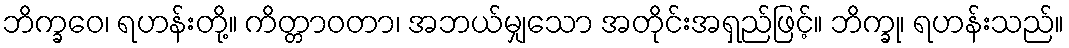
ဘိက္ခဝေ၊ ရဟန်းတို့။ ကိတ္တာဝတာ၊ အဘယ်မျှသော အတိုင်းအရှည်ဖြင့်။ ဘိက္ခု၊ ရဟန်းသည်။